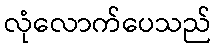
လုံလောက်ပေသည်